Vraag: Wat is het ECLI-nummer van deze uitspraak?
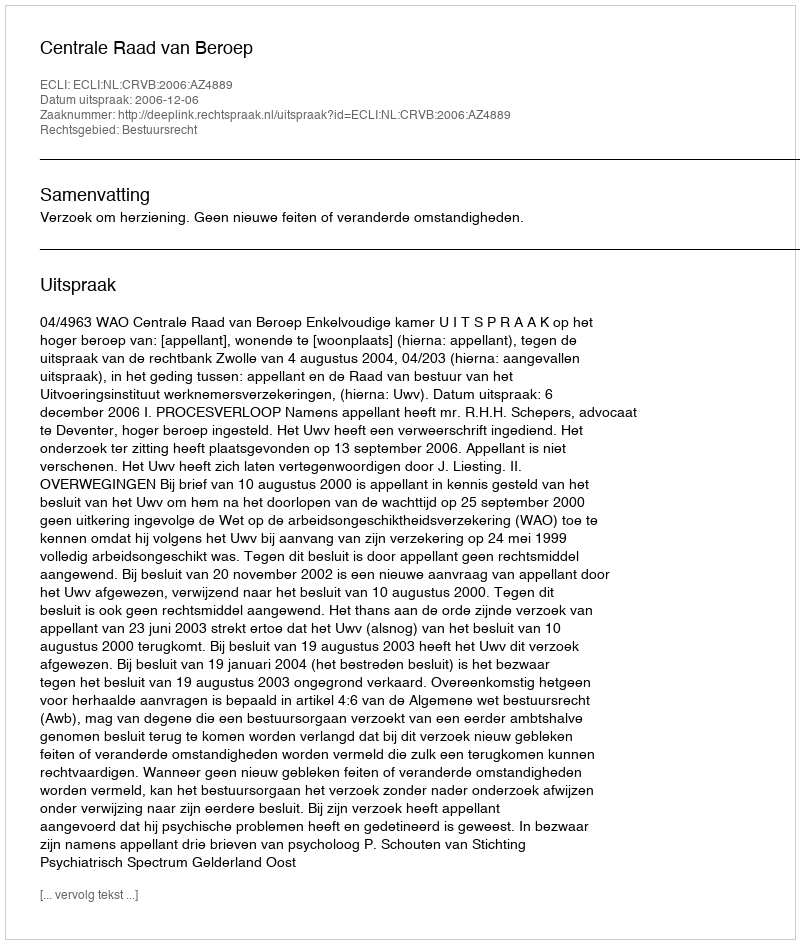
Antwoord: ECLI:NL:CRVB:2006:AZ4889